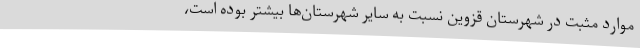
موارد مثبت در شهرستان قزوین نسبت به سایر شهرستان‌ها بیشتر بوده است،